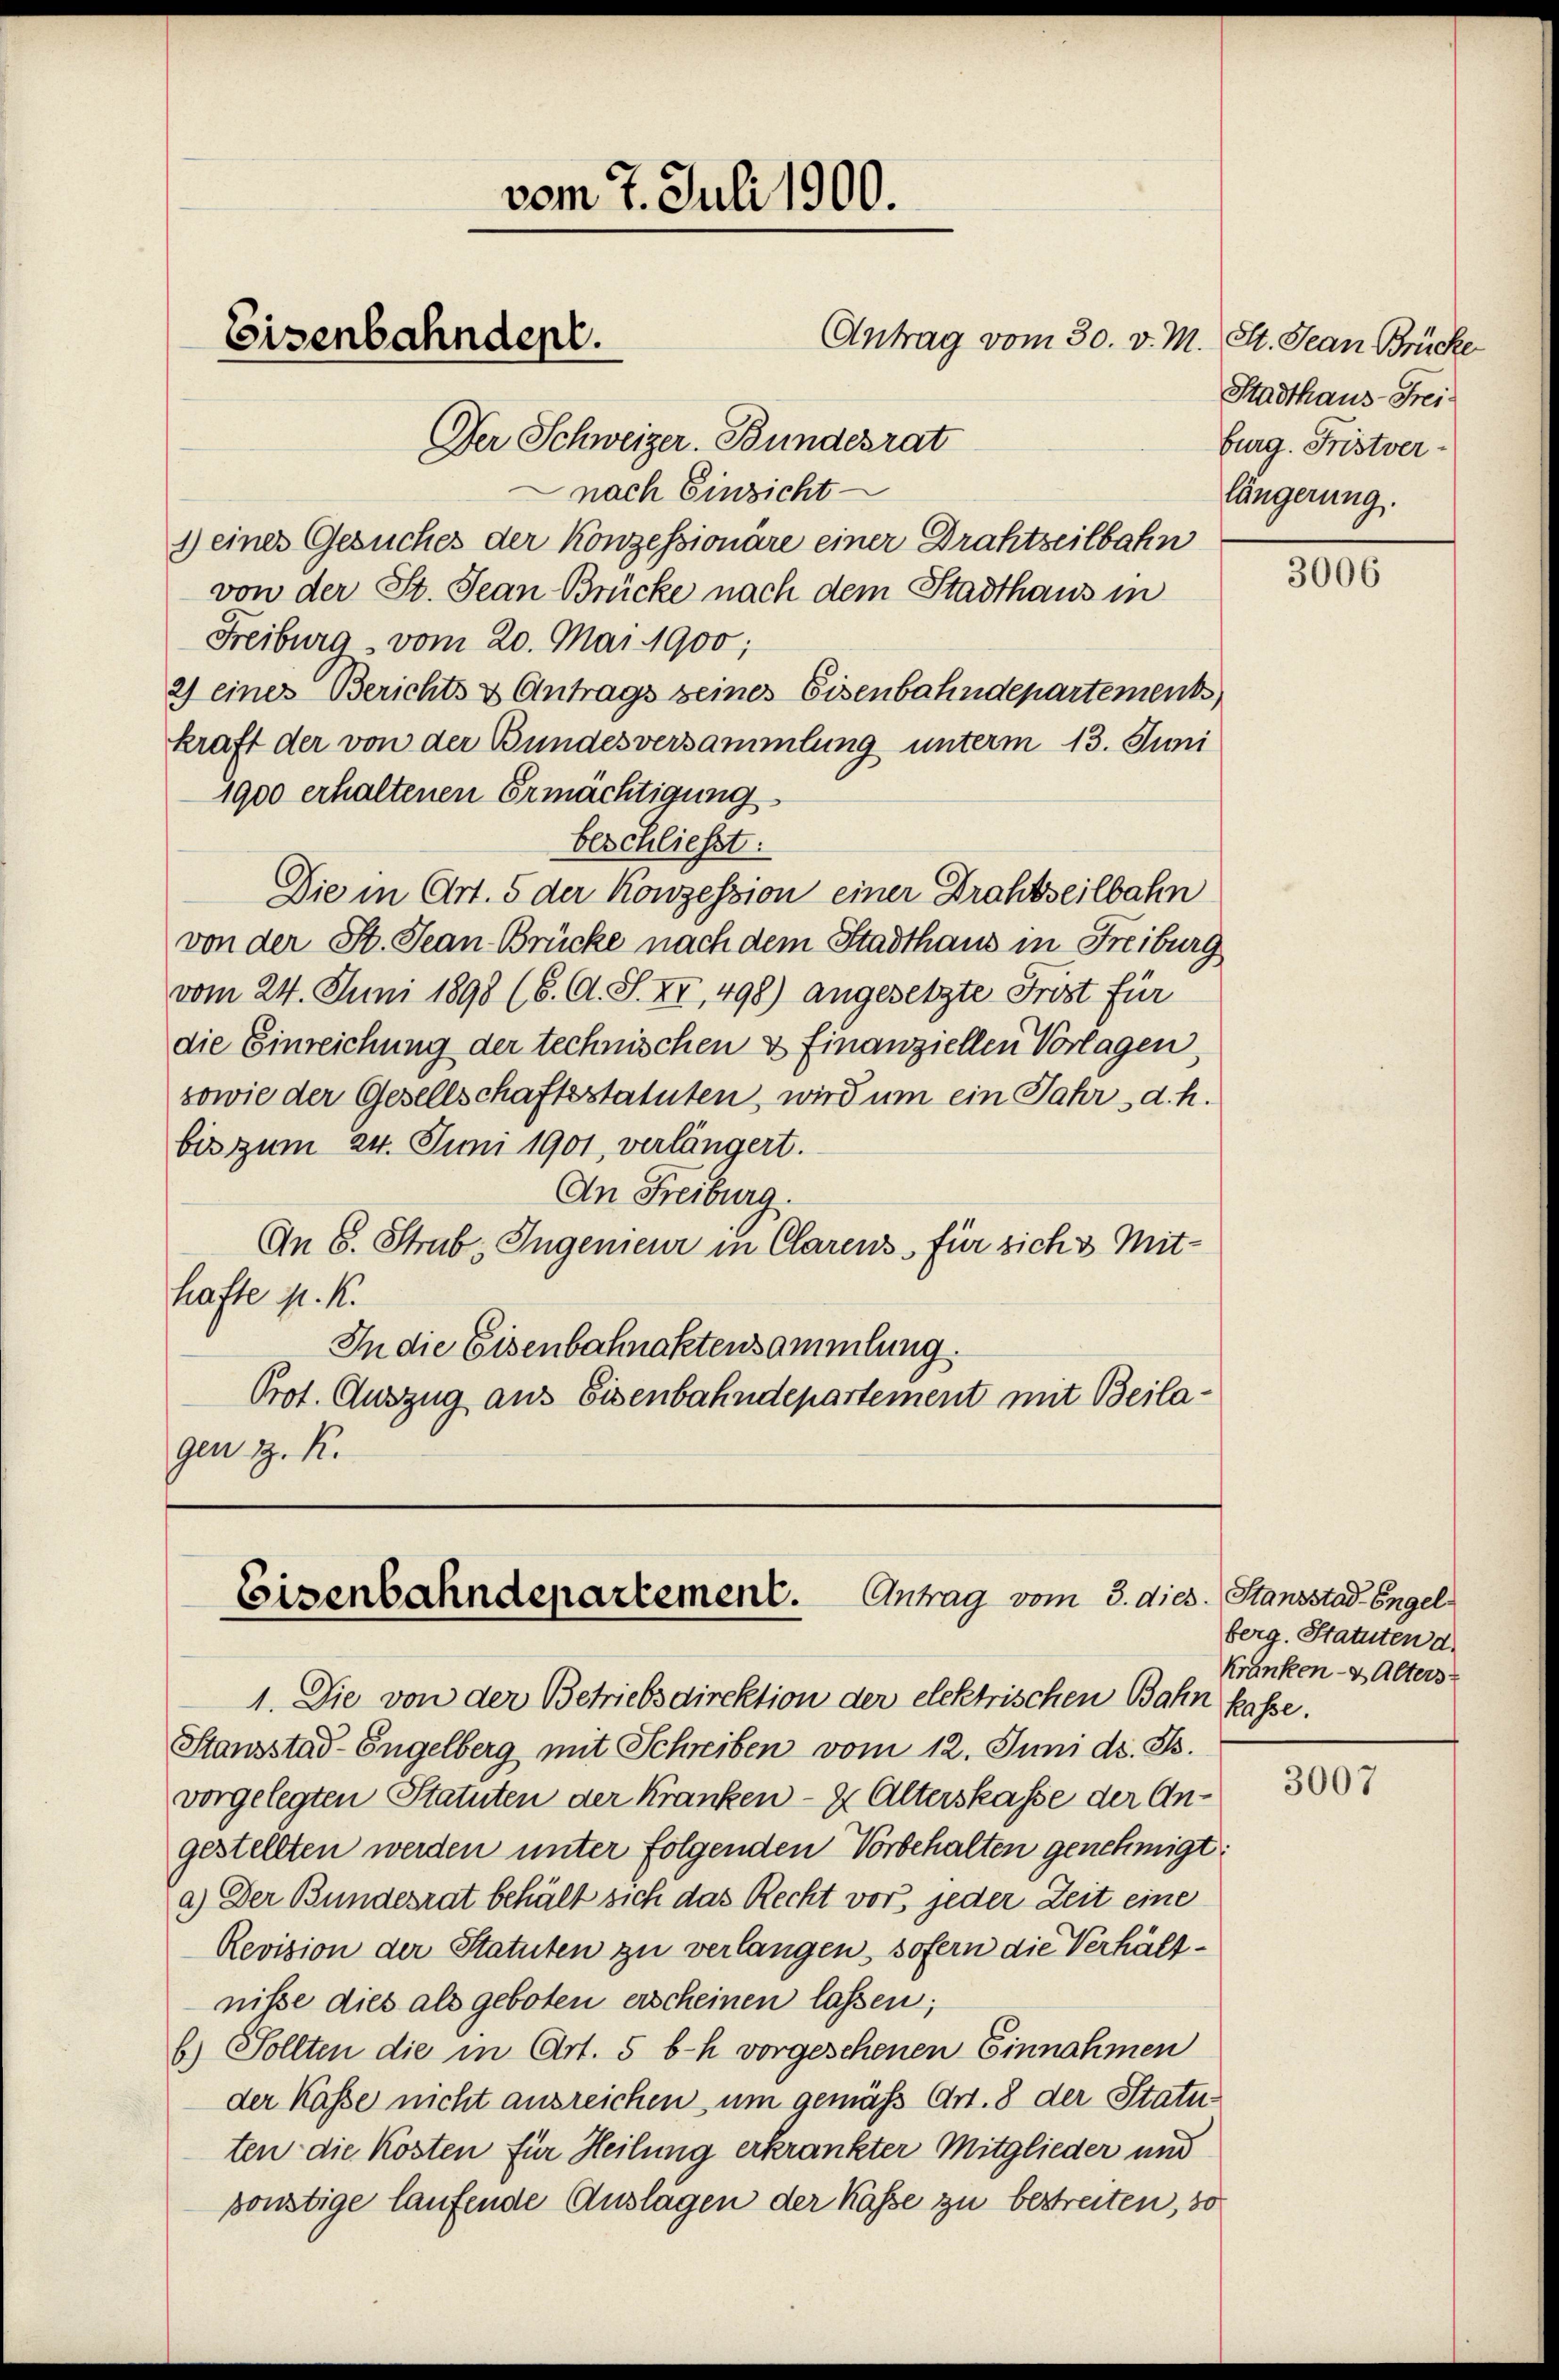
Der Schweizer. Bundesrat
nach Einsicht
1) einer Gesuches der Konzessionäre einer Drahtzeitbahn
von der St. Jean Brücke nach dem Stadthaus in
Freiburg, vom 20. Mai 1900;
2) eines Berichts & Antrags seines Eisenbahndepartements
kraft der von der Bundesversammlung unterm 13. Juni
1900 erhaltenen Ermächtigung
beschließt:
Die in Art. 5 der Konzession einer Drahtseilbahn
von der St. Jean Brücke nach dem Stadthaus in Freiburg
vom 24. Juni 1898 (6. A. S. XI, 498) angesetzte Frist für
die Einreichung der technischen & finanziellen Vorlagen
sowie der Gesellschaftsstatuten, wird um ein Jahr d. h.
bis zum 24. Juni 1901, verlängert.
An Freiburg.
An 8. Strab. Ingenieur in Clarens für sich 3 Mithafte M. K.
In die Eisenbahnaktensammlung.
Prot. Auszug aus Eisenbahndepartement mit Beilagen z. R.

1. Die von der Betriebsdirektion der elektrischen Bahn kasse.
Stausstad-Engelberg mit Schreiben vom 12. Juni d. Js.
vorgelegten Statuten der Kranken - 2. Alterskasse der Angestellten werden unter folgenden Vorbehalten genehmigt:
a.) Der Bundesrat behält sich das Recht vor, jeder Zeit eine
Revision der Statuten zu verlangen, sofern die Verhältnisse dies als geboten erscheinen lassen;
6.) Sollten die in Art. 5 b-h vorgeschenen Einnahmen
der Kasse nicht ausreichen, um gemäß Art. 8 der Statuten die Kosten für Heilung erkrankter Mitglieder und
sonstige laufende Auslagen der Kasse zu bestreiten, 30

vom 7. Juli 1900.
Eisenbahndept.
Antrag vom 30. v. M. St. Jean Brücke

Eisenbahndepartement. Antrag vom 3. dies

Stadthaus-Freiburg. Fristver
längerung.

3006

Stansstad Engel
berg. Statuten d.
Kranken- & Alters

3007